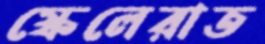
স্কেলেরাত